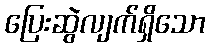
ပြေးဆွဲလျက်ရှိသော